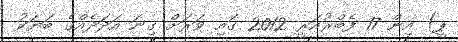
ޕީ) އިން 17 ފެބްރުއަރީ 2012 ގައި ވަރަށް ގިނަ އަދަދެއްގެ ބަޔަކު